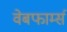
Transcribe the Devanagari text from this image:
वेबफार्म्स